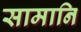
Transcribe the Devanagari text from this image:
सामानि